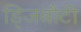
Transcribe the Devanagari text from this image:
ड्जिबौटी